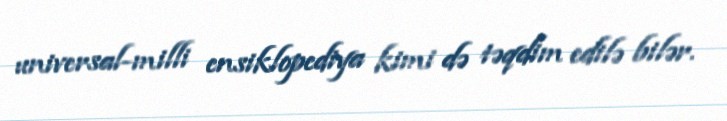
universal-milli ensiklopediya kimi də təqdim edilə bilər.